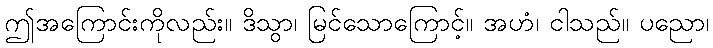
ဤအကြောင်းကိုလည်း။ ဒိသွာ၊ မြင်သောကြောင့်။ အဟံ၊ ငါသည်။ ပညော၊